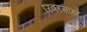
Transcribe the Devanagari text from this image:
रिवरसाइट